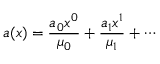
a ( x ) = { \frac { a _ { 0 } x ^ { 0 } } { \mu _ { 0 } } } + { \frac { a _ { 1 } x ^ { 1 } } { \mu _ { 1 } } } + \cdots